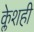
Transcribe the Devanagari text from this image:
क्लेशही